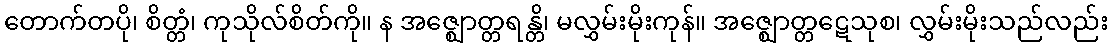
တောက်တပို၊ စိတ္တံ၊ ကုသိုလ်စိတ်ကို။ န အဇ္ဈောတ္တရန္တိ၊ မလွှမ်းမိုးကုန်။ အဇ္ဈောတ္တဋေသုစ၊ လွှမ်းမိုးသည်လည်း